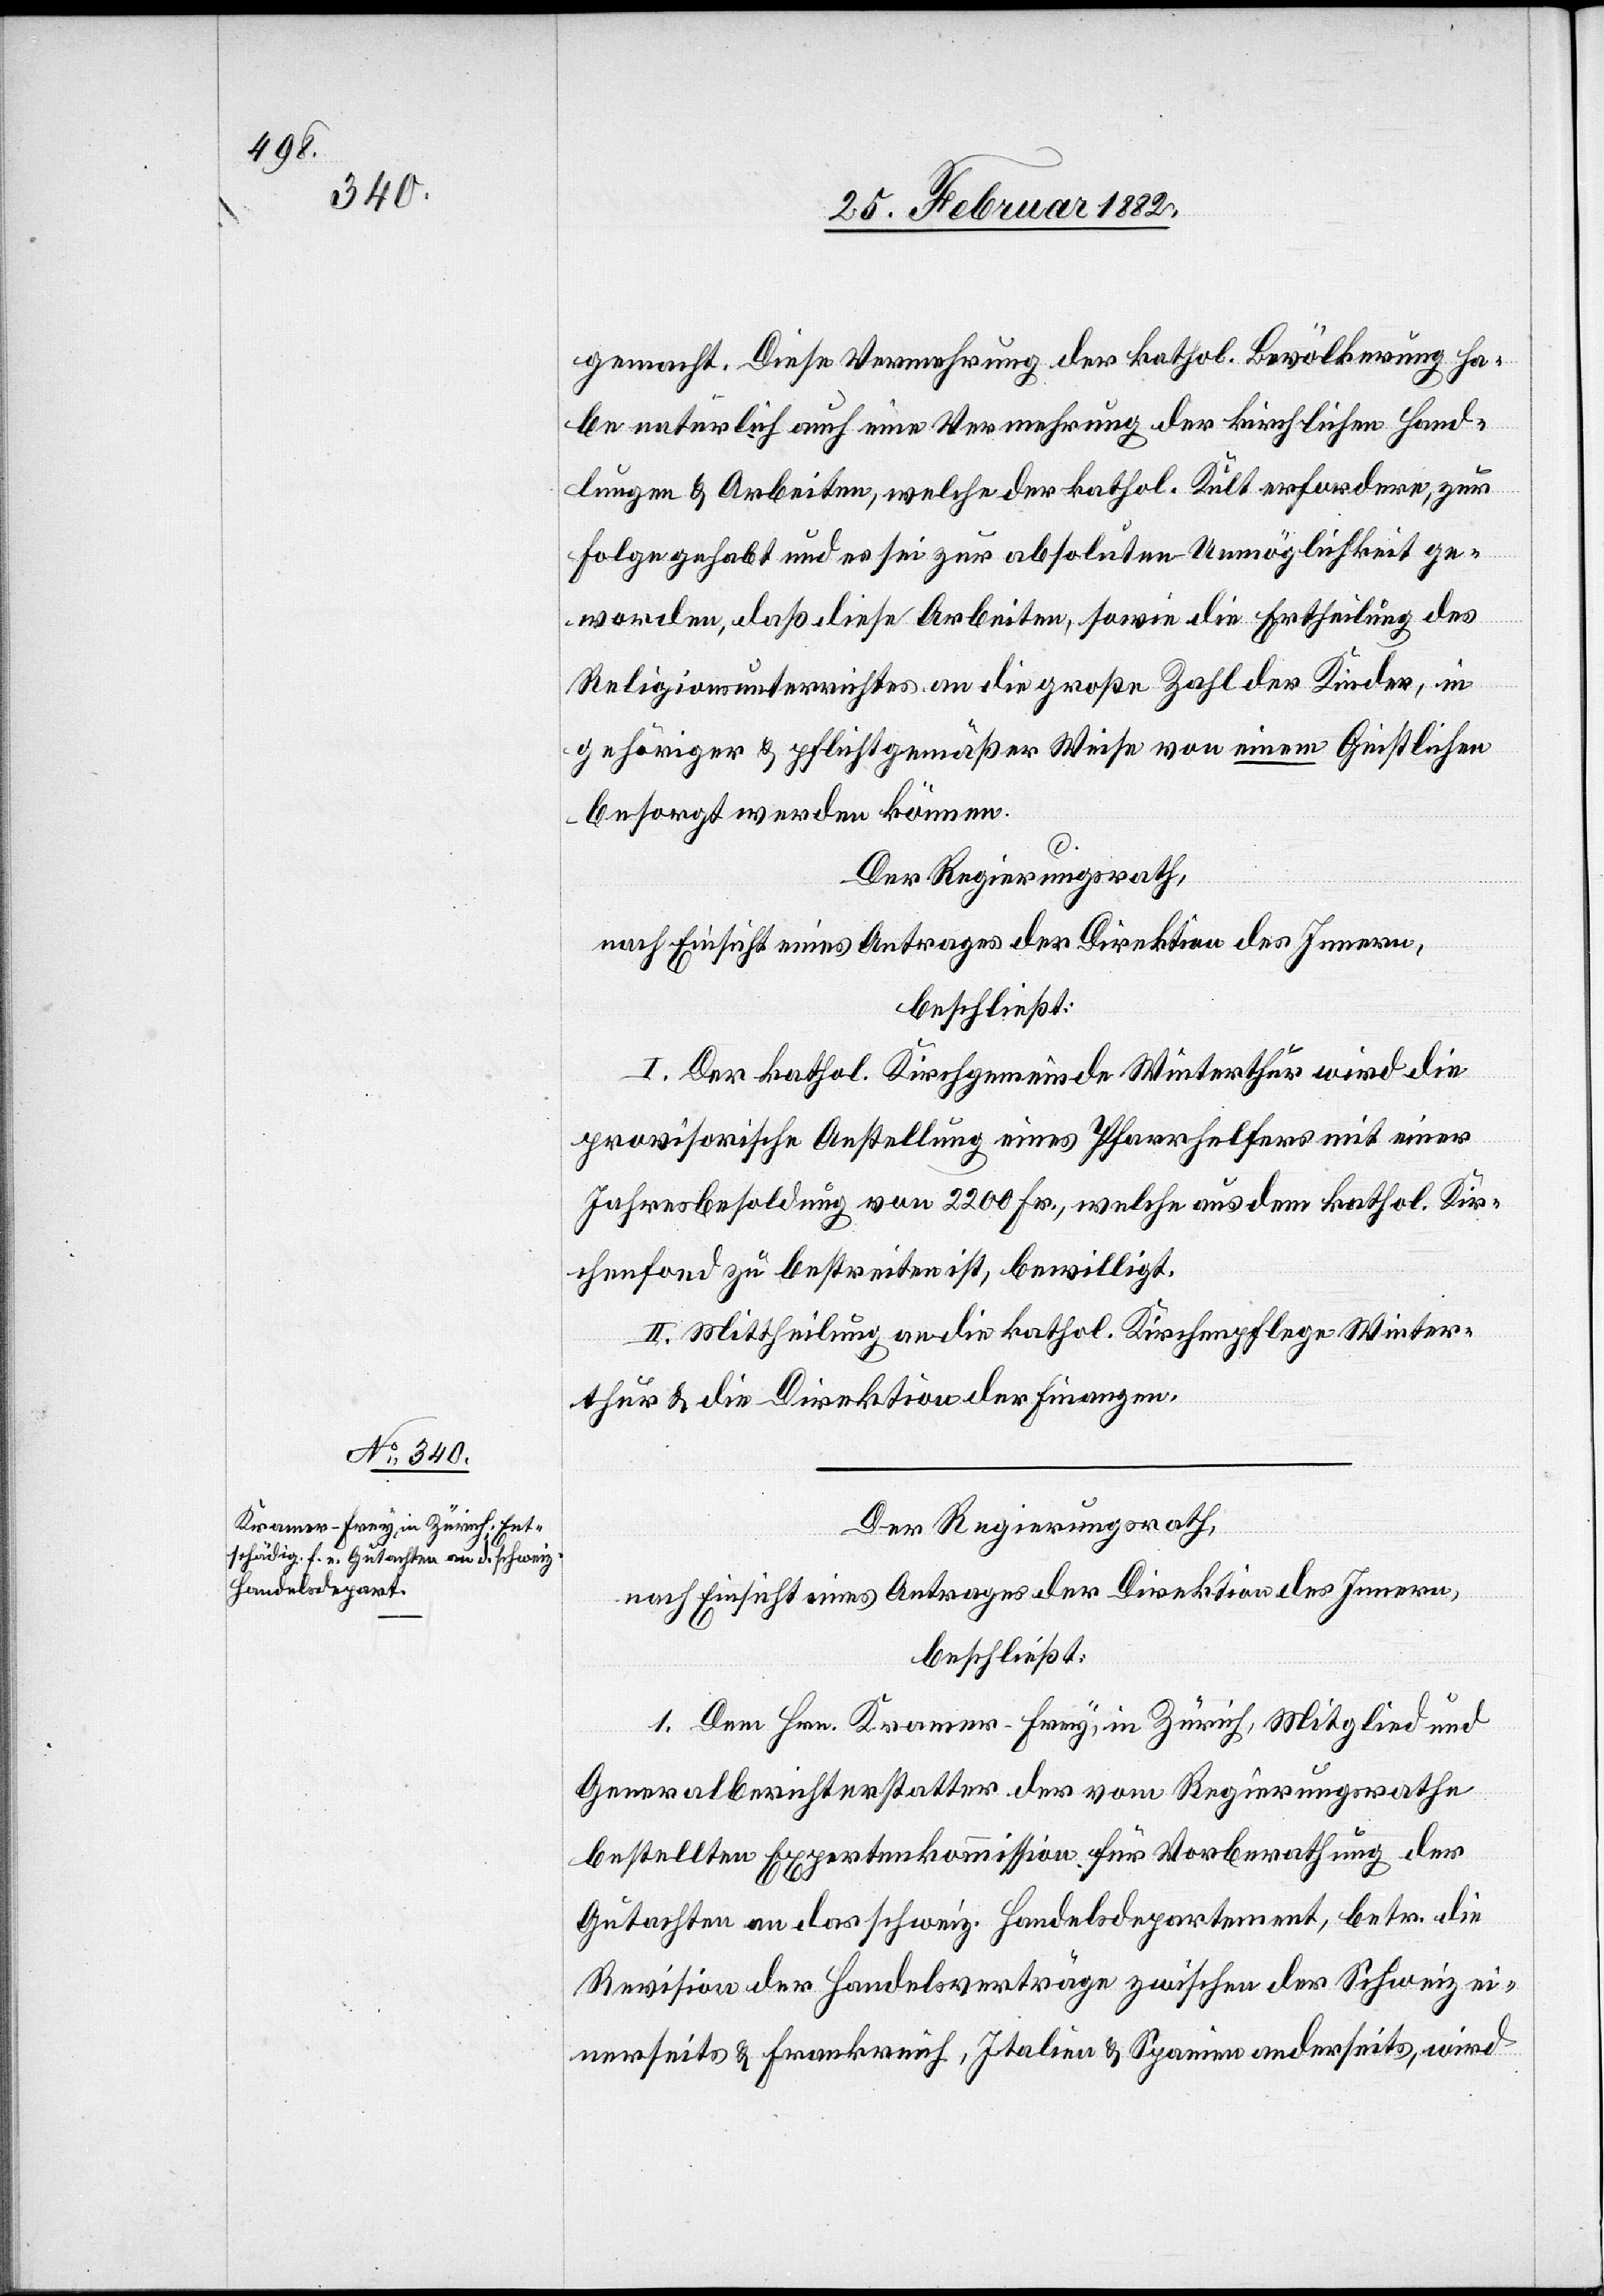
gemacht. Diese Vermehrung der kathol. Bevölkerung ha¬
be natürlich auch eine Vermehrung der kirchlichen Hand¬
lungen & Arbeiten, welche der kathol. Kult erfordere, zur
Folge gehabt und es sei zur absoluten Unmöglichkeit ge¬
worden, daß diese Arbeiten, sowie die Ertheilung des
Religionsunterrichtes an die große Zahl der Kinder, in
gehöriger & pflichtmäßiger Weise von einem Geistlichen
besorgt werden können.
Der Regierungsrath,
nach Einsicht eines Antrages der Direktion des Innern,
beschließt:
I. Der kathol. Kirchgemeinde Winterthur wird die
provisorische Anstellung eines Pfarrhelfers mit einer
Jahresbesoldung von 2200 Fr., welche aus dem kathol. Kir¬
chenfond zu bestreiten ist, bewilligt.
II. Mittheilung an die kathol. Kirchenpflege Winter¬
thur & die Direktion der Finanzen.
Der Regierungsrath,
nach Einsicht eines Antrages der Direktion des Innern,
beschließt:
1. Dem Hrn. Kramer-Frey, in Zürich, Mitglied und
Generalbericherstatter der vom Regierungsrathe
bestellten Expertenkommission für Vorberathung der
Gutachten an das schweiz. Handelsdepartement, betr. die
Revision der Handelsverträge zwischen der Schweiz ei¬
nerseits & Frankreich, Italien & Spanien anderseits, wird